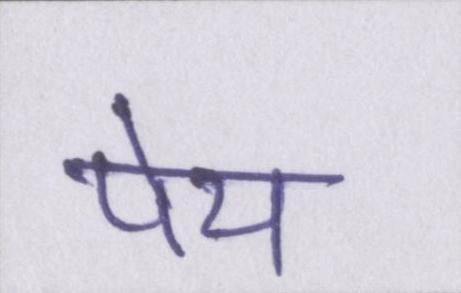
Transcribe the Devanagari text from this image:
पेय